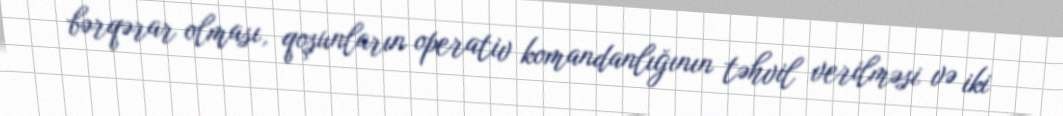
bərqərar olması, qoşunların operativ komandanlığının təhvil verilməsi və iki